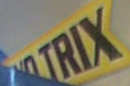
TRIX